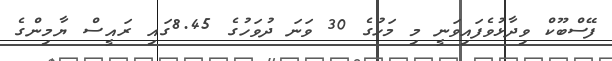
ފޭސްބޫކް ވިދާޅުވެފައިވަނީ މި މަހުގެ 30 ވަނަ ދުވަހުގެ 8.45ގައި ރައީސް ޔާމިންގެ